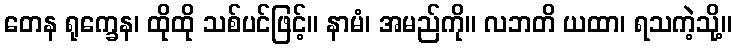
တေန ရုက္ခေန၊ ထိုထို သစ်ပင်ဖြင့်။ နာမံ၊ အမည်ကို။ လဘတိ ယထာ၊ ရသကဲ့သို့။